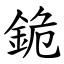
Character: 䤥